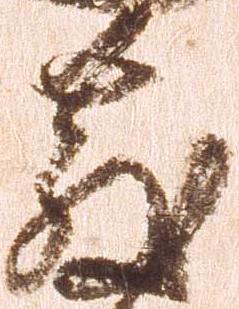
散